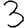
Digit: 3